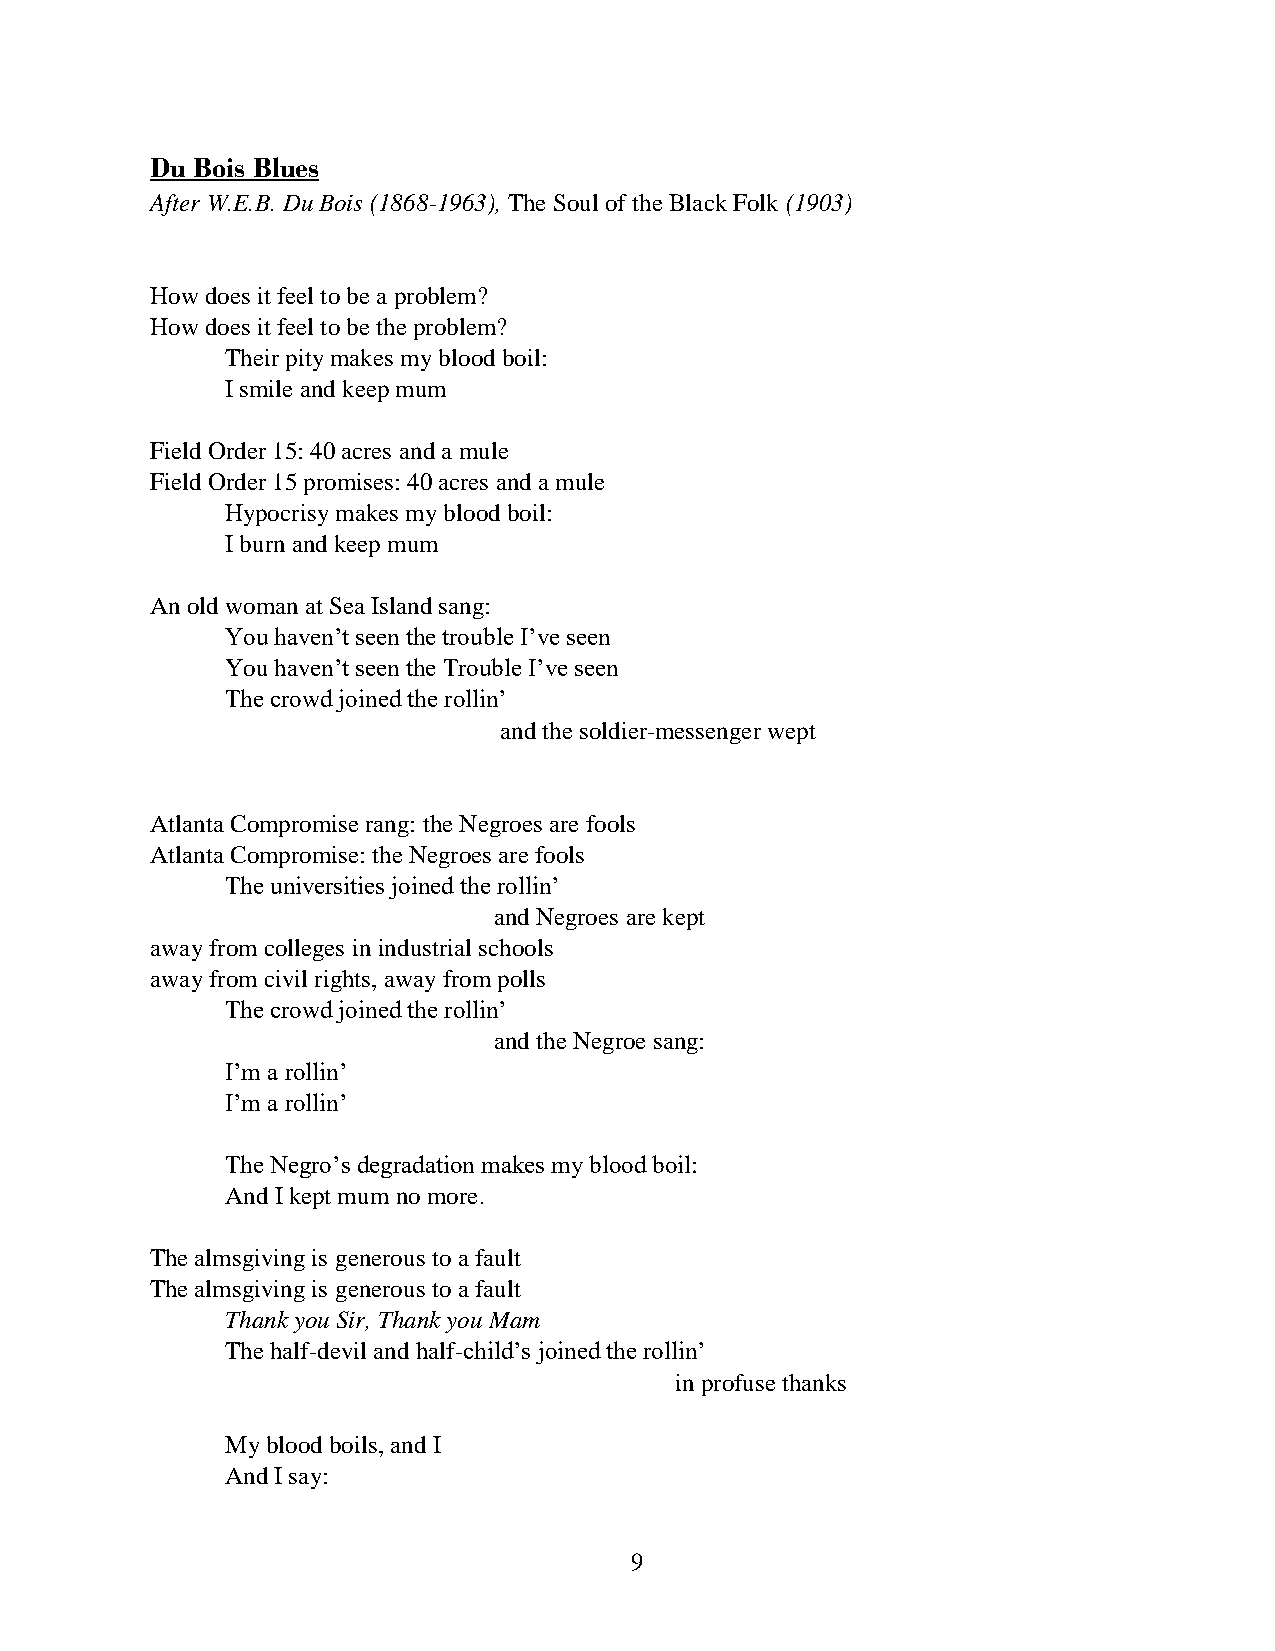
Du Bois Blues
 After W.E.B. Du Bois (1868-1963), The Soul of the Black Folk (1903)
 How does it feel to be a problem?
 How does it feel to be the problem?
 Their pity makes my blood boil:
 I smile and keep mum
 Field Order 15: 40 acres and a mule
 Field Order 15 promises: 40 acres and a mule
 Hypocrisy makes my blood boil:
 I burn and keep mum
 An old woman at Sea Island sang:
 You haven’t seen the trouble I’ve seen
 You haven’t seen the Trouble I’ve seen
 The crowd joined the rollin’
 and the soldier-messenger wept
 Atlanta Compromise rang: the Negroes are fools
 Atlanta Compromise: the Negroes are fools
 The universities joined the rollin’
 and Negroes are kept
 away from colleges in industrial schools
 away from civil rights, away from polls
 The crowd joined the rollin’
 and the Negroe sang:
 I’m a rollin’
 I’m a rollin’
 The Negro’s degradation makes my blood boil:
 And I kept mum no more.
 The almsgiving is generous to a fault
 The almsgiving is generous to a fault
 Thank you Sir, Thank you Mam
 The half-devil and half-child’s joined the rollin’
 in profuse thanks
 My blood boils, and I
 And I say:
 9